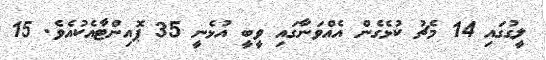
ލީގުގައި 14 މެޗު ކުޅެގެން އެއްވަނާގައި ވީބީ އުޅެނީ 35 ޕޮއިންޓާއެކުއެވެ. 15